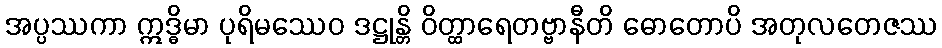
အပ္ပဿကာ ဣဒ္ဓိမာ ပုရိမဿေဝ ဒဋ္ဌုန္တိ ဝိတ္ထာရေတဗ္ဗာနီတိ ဓောတောပိ အတုလတေဇဿ